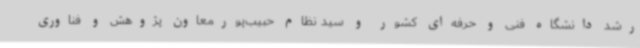
رشد دانشگاه فنی و حرفه‌ای کشور و سید نظام حبیب‌پورمعاون پژوهش و فناوری